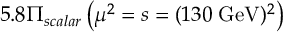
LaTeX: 5 . 8 \Pi _ { s c a l a r } \left( \mu ^ { 2 } = s = ( 1 3 0 \; \mathrm { G e V } ) ^ { 2 } \right)